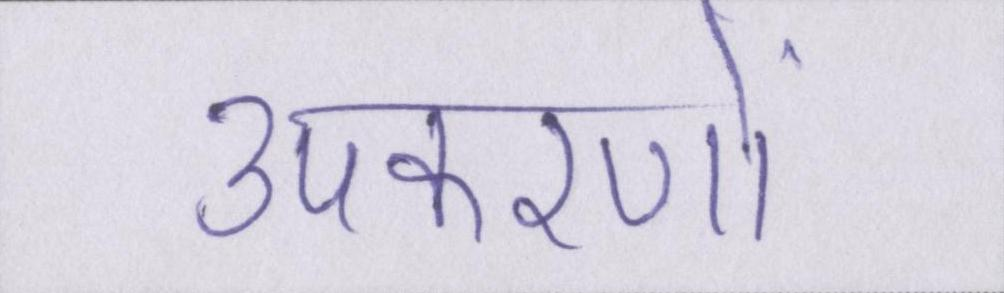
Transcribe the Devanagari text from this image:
उपकरणों